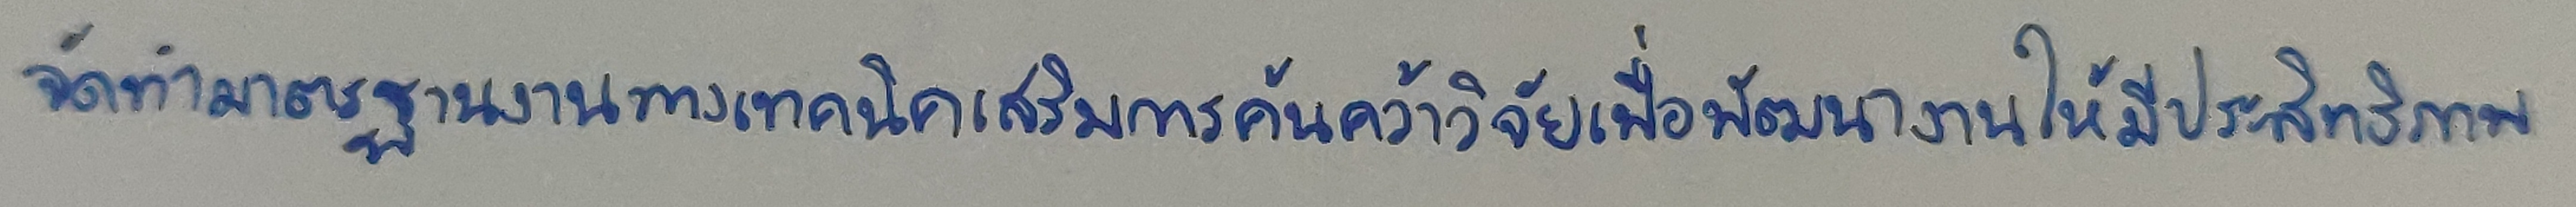
จัดทำมาตรฐานงานทางเทคนิคเสริมการค้นคว้าวิจัยเพื่อพัฒนางานให้มีประสิทธิภาพ